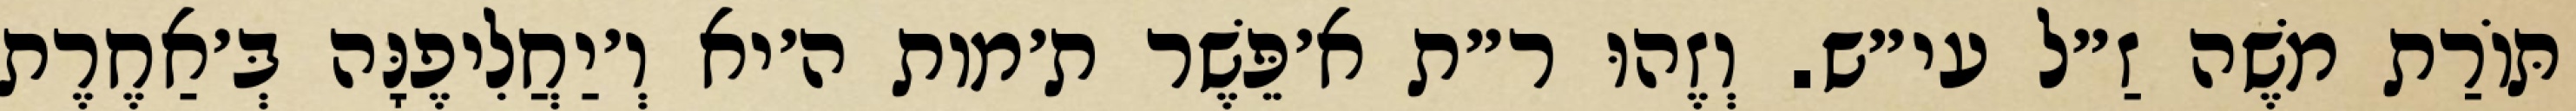
תּוֹרַת מֹשֶׁה זַ״ל עי״ש. וְזֶהוּ ר״ת א׳פֵּשֶׁר ת׳מות ה׳יא וְ׳יַחֲלִיפֶנָּה בְּ׳אַחֶרֶת